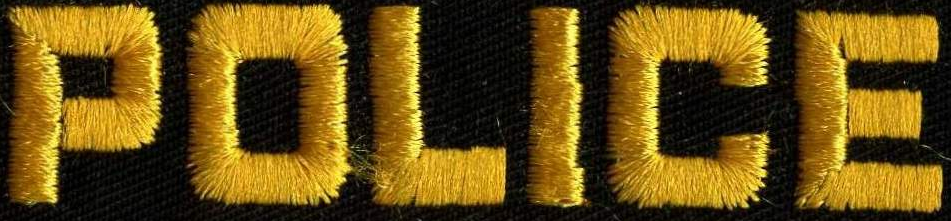
POLICE